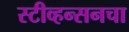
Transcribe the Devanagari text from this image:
स्टीव्हन्सनचा